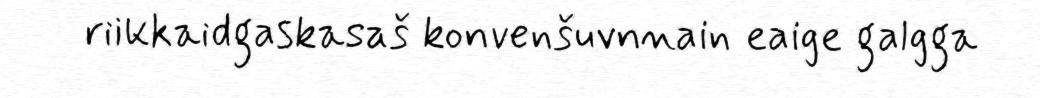
riikkaidgaskasaš konvenšuvnnain eaige galgga